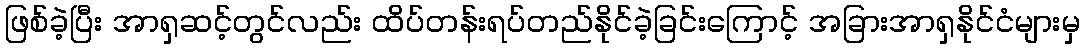
ဖြစ်ခဲ့ပြီး အာရှဆင့်တွင်လည်း ထိပ်တန်းရပ်တည်နိုင်ခဲ့ခြင်းကြောင့် အခြားအာရှနိုင်ငံများမှ